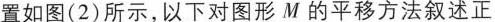
置如图(2)所示，以下对图形M的平移方法叙述正